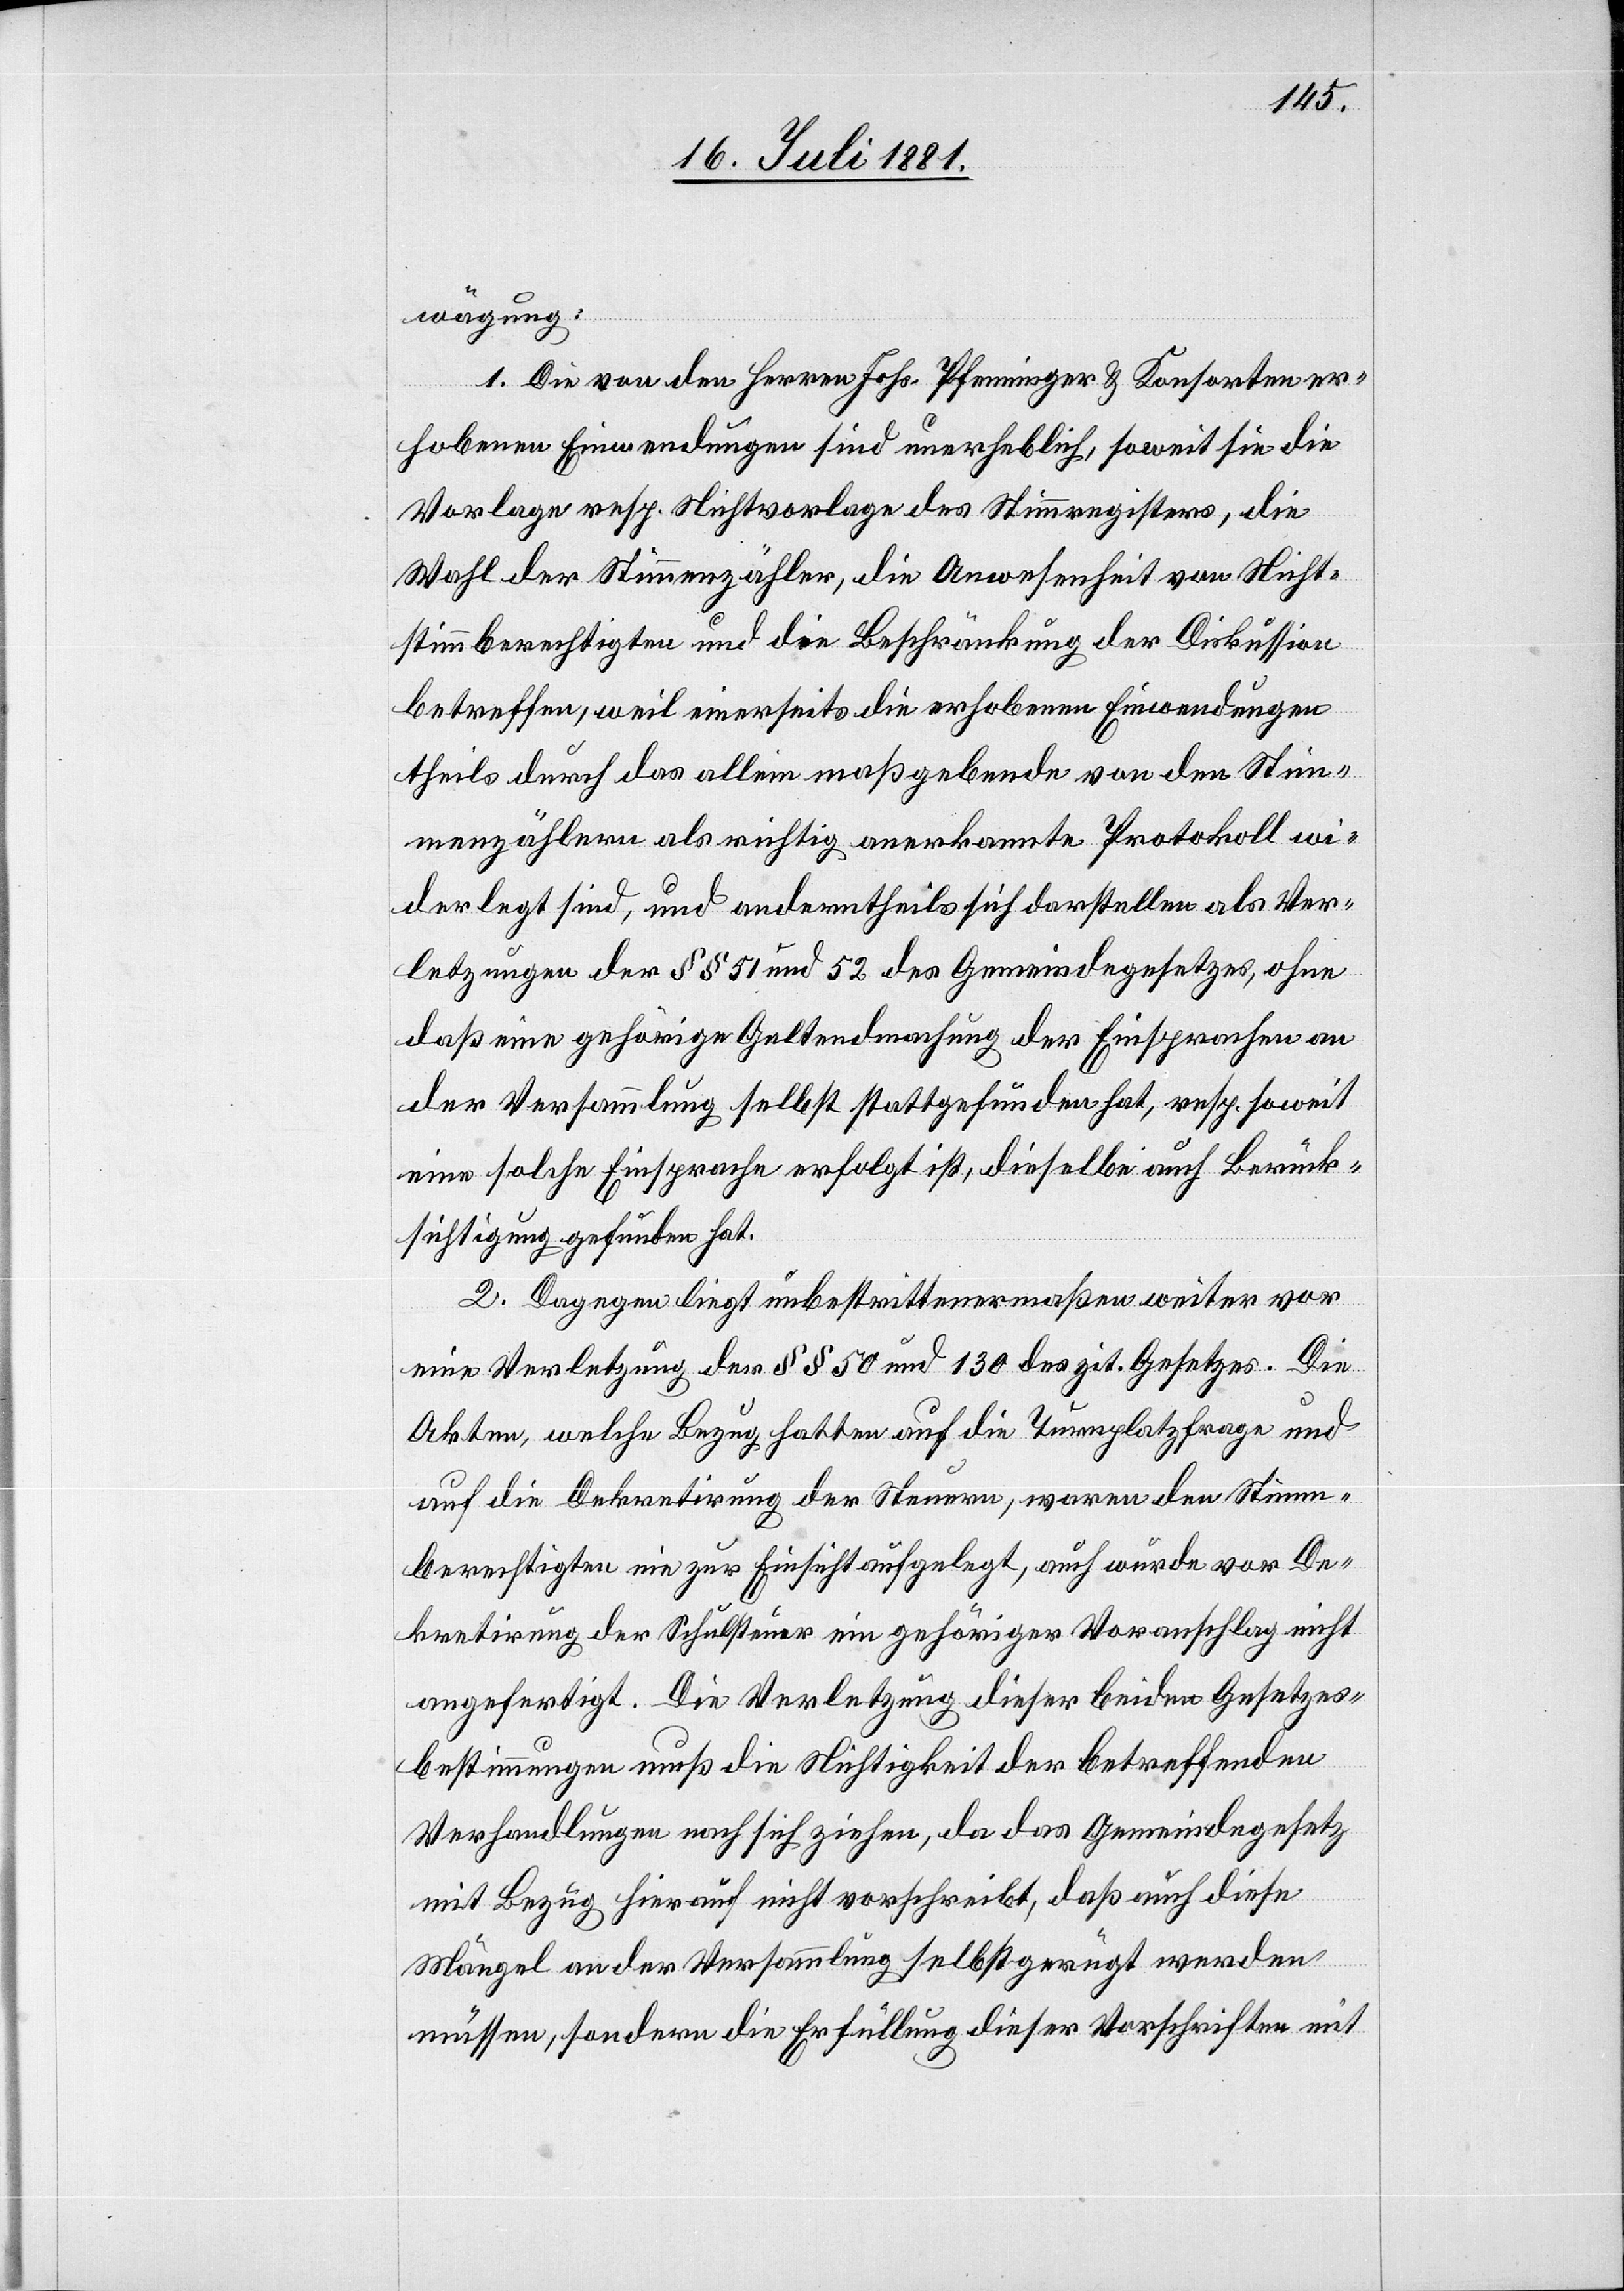
wägung:
1. Die von den Herren Johs. Pfenninger & Konsorten er¬
hobenen Einwendungen sind unerheblich, soweit sie die
Vorlage resp. Nichtvorlage des Stimmregisters, die
Wahl der Stimmzähler, die Anwesenheit von Nicht¬
stimmberechtigten und die Beschränkung der Diskussion
betreffen, weil einerseits die erhobenen Einwendungen
theils durch das allein maßgebende von den Stim¬
mzählern als richtig anerkannte Protokoll wie¬
derlegt sind, und anderntheils sich darstellen als Ver¬
letzungen der §§ 51 und 52 des Gemeindegesetzes, ohne
daß eine gehörige Geltendmachung der Einsprachen an
der Versammlung selbst stattgefunden hat, resp. soweit
eine solche Einsprache erfolgt ist, dieselbe auch Berück¬
sichtigung gefunden hat.
2. Dagegen liegt unbestrittenermaßen weiter vor
eine Verletzung der §§ 50 und 130 des zit. Gesetzes. Die
Akten, welche Bezug hatten auf die Turnplatzfrage und
auf die Dekretirung der Steuern, waren den Stimm¬
berechtigten nie zur Einsicht aufgelegt, auch wurde vor De¬
kretirung der Schulsteuer ein gehöriger Voranschlag nicht
angefertigt. Die Verletzung dieser beiden Gesetzes¬
bestimmungen muß die Nichtigkeit der betreffenden
Verhandlungen nach sich ziehen, da das Gemeindegesetz
mit Bezug hierauf nicht vorschreibt, daß auch diese
Mängel an der Versammlung selbst gerügt werden
müssen, sondern die Erfüllung dieser Vorschriften mit